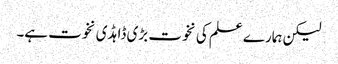
لیکن ہمارے علم کی نخوت بڑی ڈاہڈی نخوت ہے۔